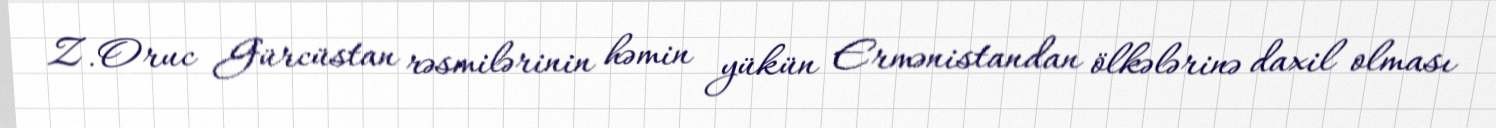
Z.Oruc Gürcüstan rəsmilərinin həmin yükün Ermənistandan ölkələrinə daxil olması